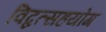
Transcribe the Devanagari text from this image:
विद्वत्सहयोग